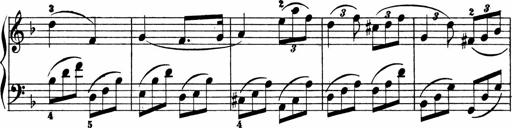
Title: 2 instructive Sonatinen
Composer: Paul Schumacher